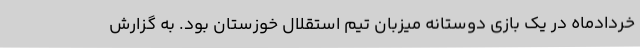
خردادماه در یک بازی دوستانه میزبان تیم استقلال خوزستان بود. به گزارش